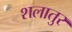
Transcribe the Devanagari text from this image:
शलातुर